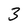
Character: 3